Senior Leaving Certificate Examination (including Day School Certificate (Higher) General paper), 1948
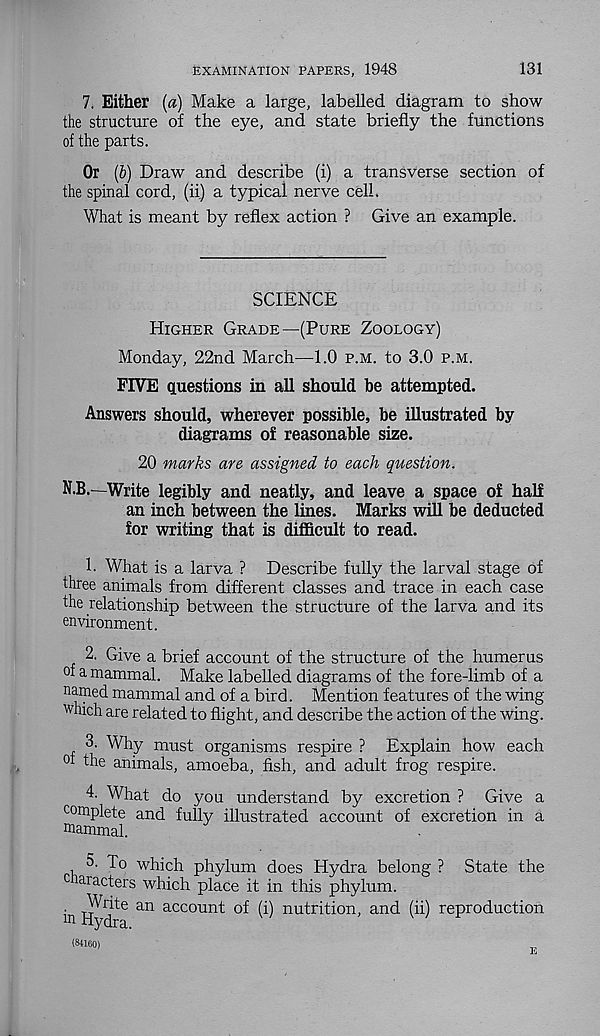
EXAMINATION PAPERS, 1948
131
7. Either (a) Make a large, labelled diagram to show
the structure of the eye, and state briefly the functions
of the parts.
Or (b) Draw and describe (i) a transverse section of
the spinal cord, (ii) a typical nerve cell.
What is meant by reflex action ? Give an example.
SCIENCE
Higher Grade—(Pure Zoology)
Monday, 22nd March—1.0 p.m. to 3.0 p.m.
FIVE questions in all should he attempted.
Answers should, wherever possible, be illustrated by
diagrams of reasonable size.
20 marks are assigned to each question.
N.B.—Write legibly and neatly, and leave a space of half
an inch between the lines. Marks will be deducted
for writing that is difficult to read.
1. What is a larva ? Describe fully the larval stage of
three animals from different classes and trace in each case
the relationship between the structure of the larva and its
environment.
2. Give a brief account of the structure of the humerus
of a mammal. Make labelled diagrams of the fore-limb of a
named mammal and of a bird. Mention features of the wing
which are related to flight, and describe the action of the wing.
3. Why must organisms respire ? Explain how each
°t the animals, amoeba, fish, and adult frog respire.
4. What do you understand by excretion ? Give a
complete and fully illustrated account of excretion in a
mammal.
? State the
5. To which phylum does Hydra belong
c aracters which place it in this phylum.
• Write an account of (i) nutrition, and (ii) reproduction
m Hydra.
(84160)